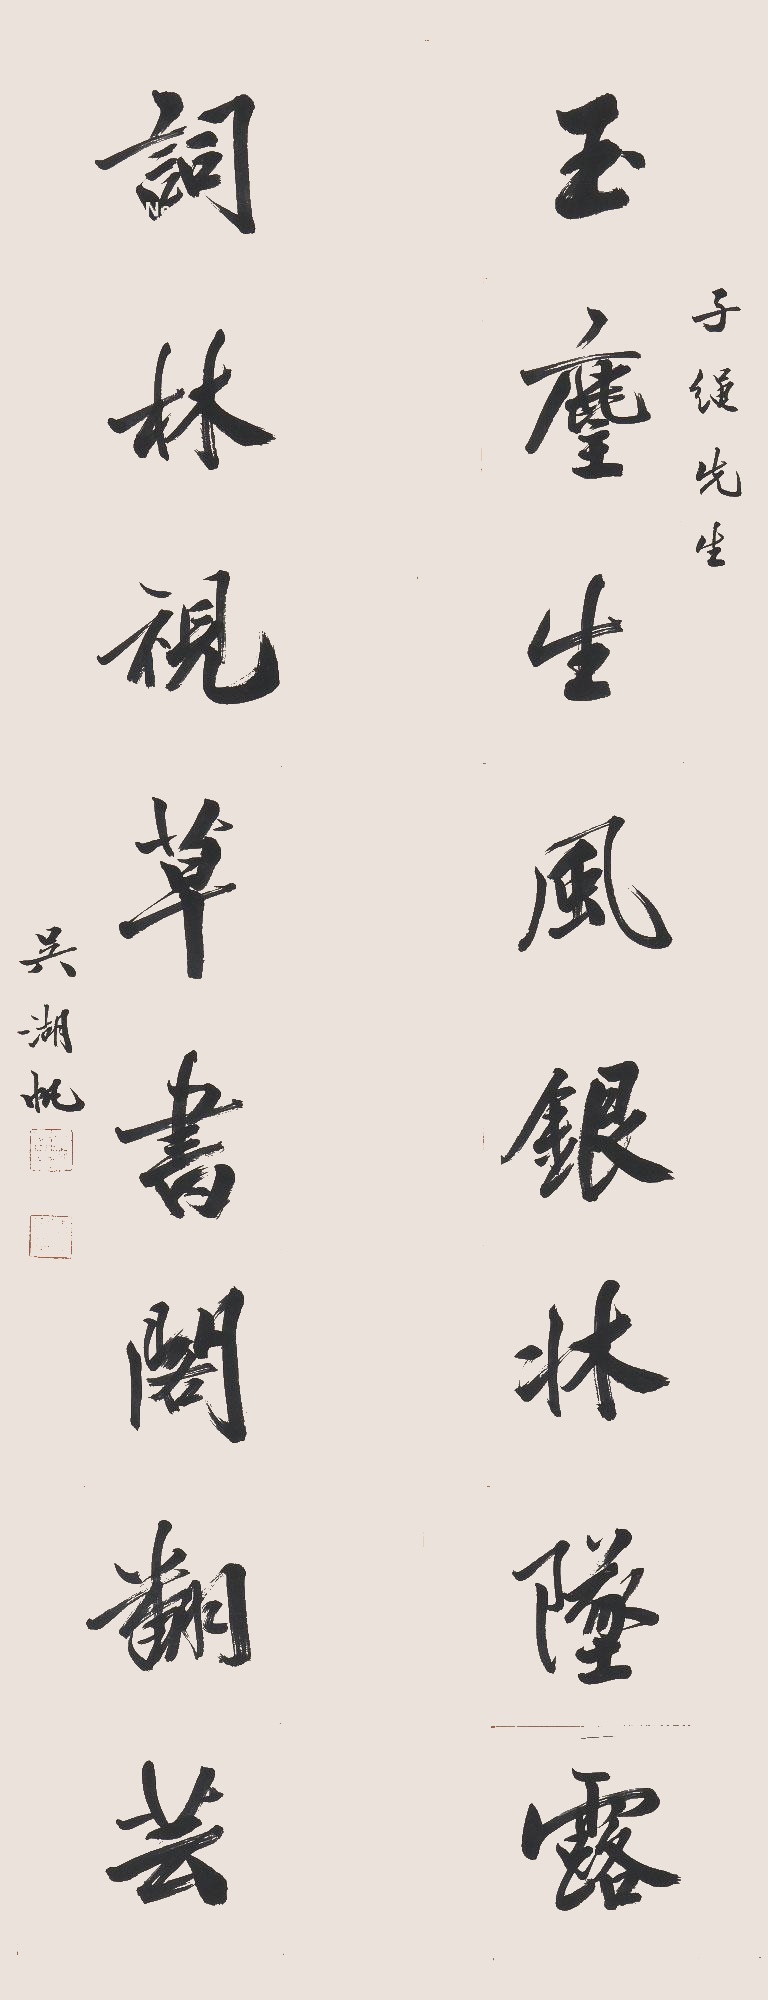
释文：玉麈生风银床坠露，词林视草书阁翻芸。子绳先生，吴湖帆。